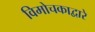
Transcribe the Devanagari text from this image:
विमोचकाद्वारे